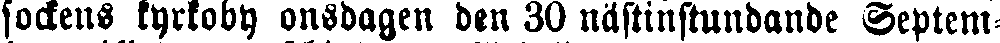
sockens kyrkoby onsdagen den 30 nästiustundande Septem-